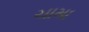
ચામા